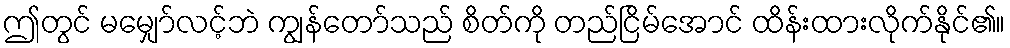
ဤတွင် မမျှော်လင့်ဘဲ ကျွန်တော်သည် စိတ်ကို တည်ငြိမ်အောင် ထိန်းထားလိုက်နိုင်၏။